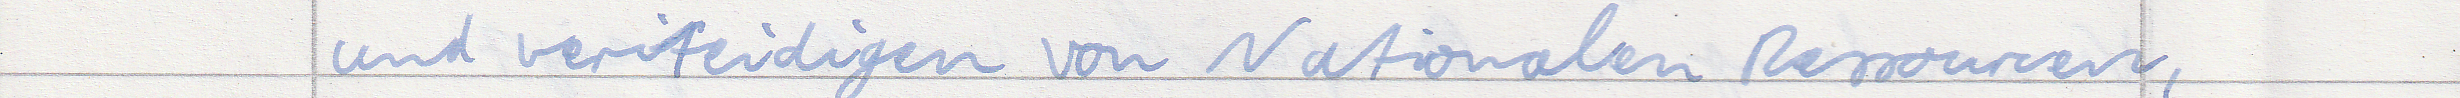
und verteidigen von Nationalen Ressourcen,